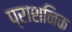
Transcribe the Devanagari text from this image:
प्राशनिक